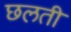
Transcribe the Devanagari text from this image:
छलती